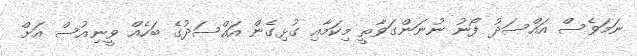
ނަމަވެސް އައްސަދު ފޯނު ނުނަންގަވާތީ މިކަމާއި ގުޅިގެން އައްސަދުގެ ބަހެއް ވީނިއުސް އަށް